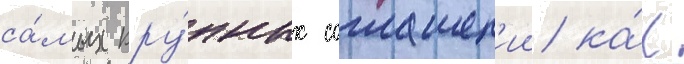
са́мых кру́пных соглашен'ии ка́к